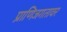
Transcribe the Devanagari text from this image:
प्राणिजगतावर